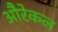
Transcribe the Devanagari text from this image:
औरेकल